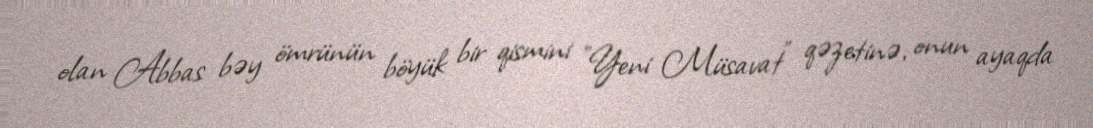
olan Abbas bəy ömrünün böyük bir qismini "Yeni Müsavat" qəzetinə, onun ayaqda